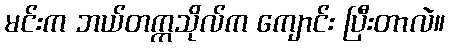
မင်းက ဘယ်တက္ကသိုလ်က ကျောင်း ပြီးတာလဲ။